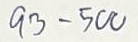
93 - 500